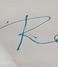
Signature authenticity: forged